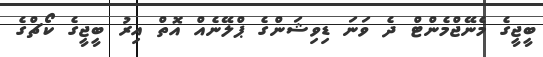
ބީޖީގެ މެނޭޖްމެންޓް ދެ ވަނަ ޑިވިޝަންގެ ޕްލޭނެއް އޮތް އިރު ބީޖީގެ ކޯޗްގެ